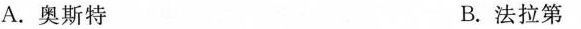
A.奥斯特 B.法拉第